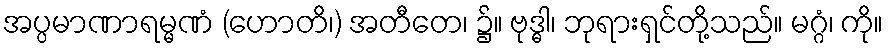
အပ္ပမာဏာရမ္မဏံ (ဟောတိ၊) အတီတေ၊ ၌။ ဗုဒ္ဓါ၊ ဘုရားရှင်တို့သည်။ မဂ္ဂံ၊ ကို။